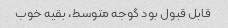
قابل قبول بود گوجه متوسط، بقیه خوب